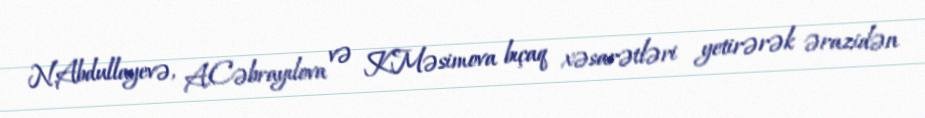
N.Abdullayevə, A.Cəbrayılova və K.Məsimova bıçaq xəsarətləri yetirərək ərazidən